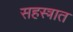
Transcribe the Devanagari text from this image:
सहस्त्रात